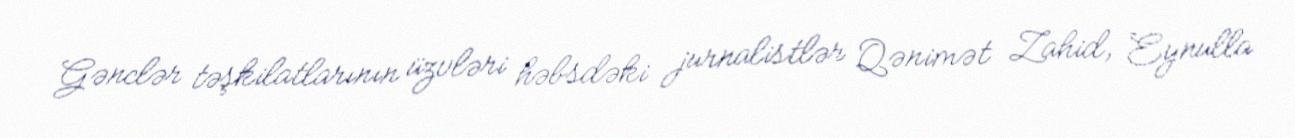
Gənclər təşkilatlarının üzvləri həbsdəki jurnalistlər Qənimət Zahid, Eynulla